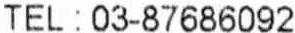
TEL : 03-87686092